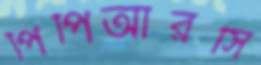
পিপিআরসি